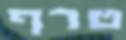
טרף